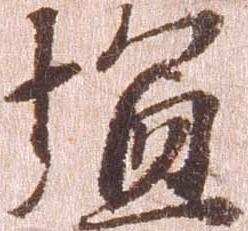
塩